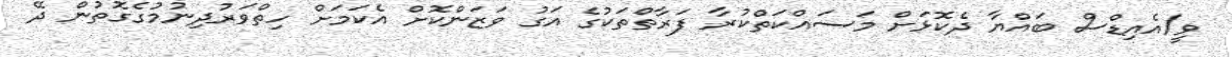
ވީ/އެއިޑްސް ބައްޔާ ދެކޮޅަށް މަސައްކަތްކުރާ ފަރާތްތަކުގެ އަގު ވަޒަންކޮށް އެކަމަށް ހިތްވަރުދިނުމުގެގޮތުން ދޭ